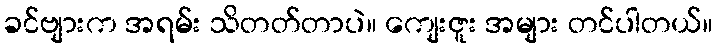
ခင်ဗျားက အရမ်း သိတတ်တာပဲ။ ကျေးဇူး အများ တင်ပါတယ်။